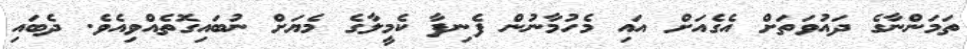
ތަމަންނާގެ ދައުވަތަށް އެގެއަށް އައި މެހުމާނުން ފެނިފާ ކެމީލާގެ މެޔަށް ނުބައިގޮތެއްވިއެވެ. ދެބައި